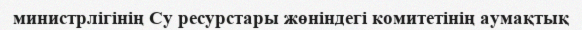
министрлігінің Су ресурстары жөніндегі комитетінің аумақтық